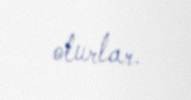
olurlar.